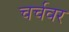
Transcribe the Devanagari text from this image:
चर्चवर